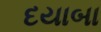
દયાબા